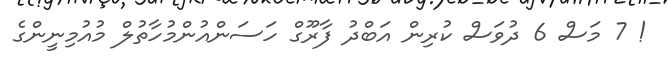
! 7 މަސް 6 ދުވަސް ކުރިން އަބްދު ފާރޫގް ހަސަންއުންމުހާތުލް މުއުމިނީންގެ